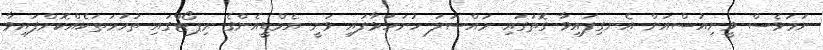
ނަމަވެސް ވީނިއުސްއަށް އެނގިފައިވާ ގޮތުގައި މައްސަލަ ހުށަހަޅާފައި ވަނީ އެމްޑީއެންގެ ރިޕޯޓްގައި ތުހުމަތަކެއްކޮށްފައިވާ